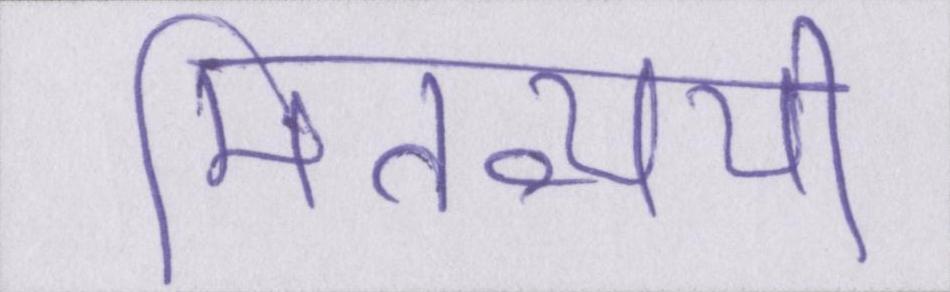
मितव्ययी